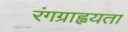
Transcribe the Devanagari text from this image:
रंगग्राह्वयता